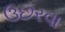
ઉછરવા